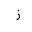
Letter: _zay